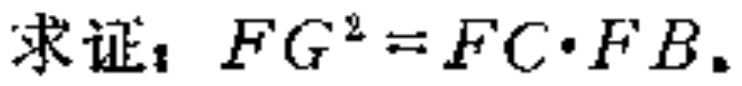
求证：\(FG^{2}=FC\cdot FB\)。